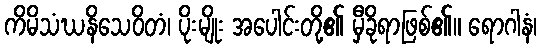
ကိမိသံဃနိသေဝိတံ၊ ပိုးမျိုး အပေါင်းတို့၏ မှီခိုရာဖြစ်၏။ ရောဂါနံ၊